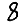
Digit: 8